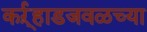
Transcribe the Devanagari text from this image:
कर्ऱ्हाडजवळच्या